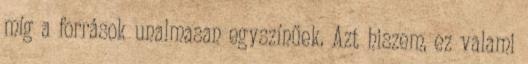
míg a források unalmasan egyszínűek. Azt hiszem, ez valami